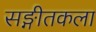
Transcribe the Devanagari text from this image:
सङ्गीतकला